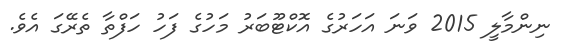
ނިންމާލީ 2015 ވަނަ އަހަރުގެ އޮކްޓޫބަރު މަހުގެ ފަހު ހަފްތާ ތެރޭގަ އެވެ.